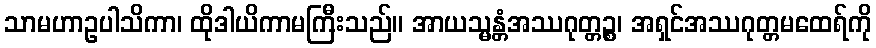
သာမဟာဥပါသိကာ၊ ထိုဒါယိကာမကြီးသည်။ အာယသ္မန္တံအဿဂုတ္တဉ္စ၊ အရှင်အဿဂုတ္တမထေရ်ကို